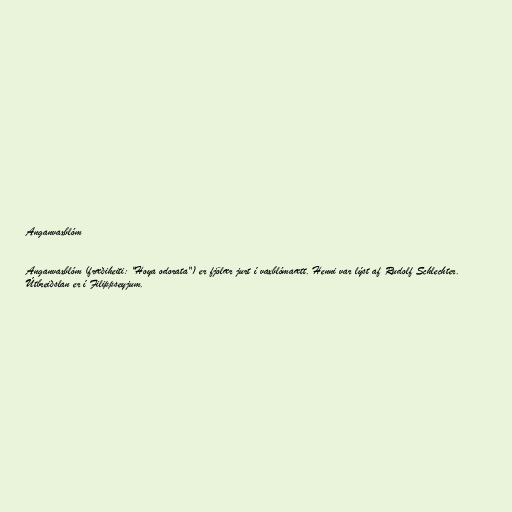
Anganvaxblóm

Anganvaxblóm (fræðiheiti: "Hoya odorata") er fjölær jurt í vaxblómaætt. Henni var lýst af Rudolf Schlechter.
Útbreiðslan er í Filippseyjum.